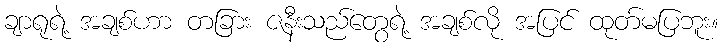
ချာရုရဲ့ အချစ်ဟာ တခြား ဇနီးသည်တွေရဲ့ အချစ်လို အပြင် ထုတ်မပြဘူး။